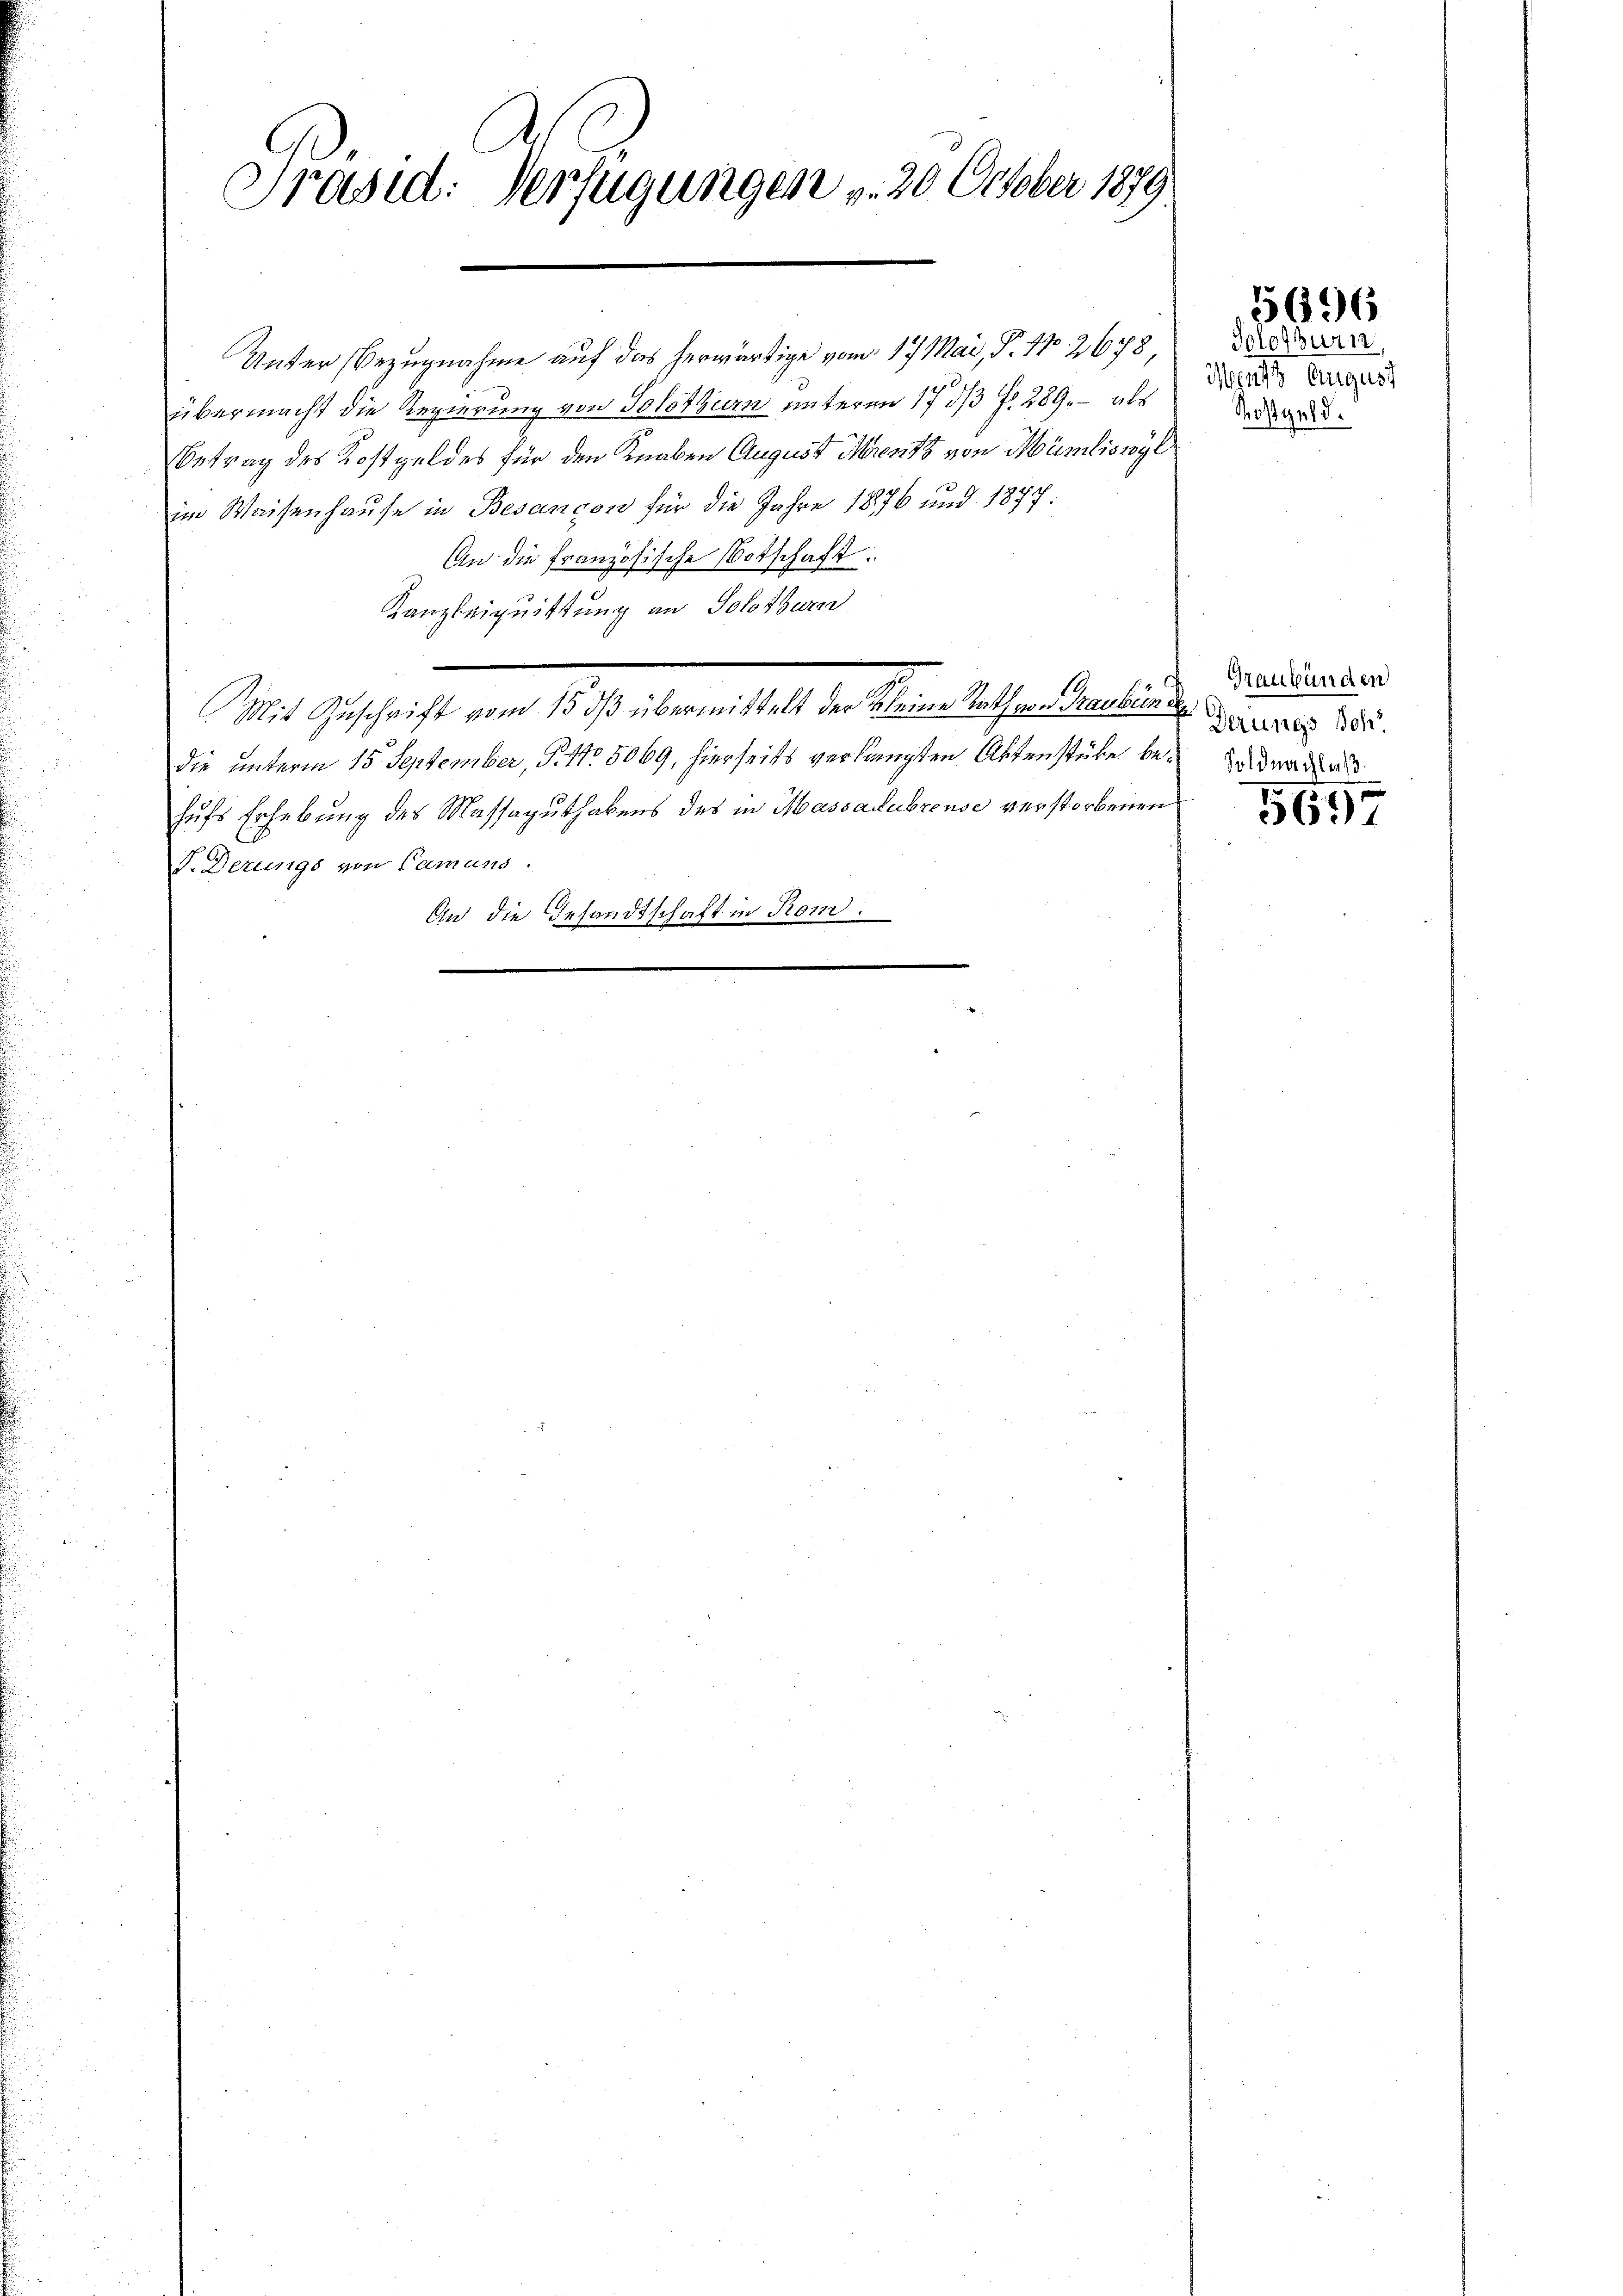
Präsid. Verfügungen v. 20 October 1879
x

Unter Bezugnahme auf das herwärtige vom 17. Mai, P. 17. 2678,
übermacht die Regierung von Solothurn unterm 17/3 Fr. 289, – als
Betrag des Kostgeldes für den Knaben August Mentz von Müriswyl
im Waisenhause in Besangen für die Jahre 1876 und 1877.
An die französische Botschaft.
Kanzleiquittung an Solothurn
Mit Geschaft ein d. h. bemeldet de Stern bestanderliche dieser
die unterm 15. September, P. 11. 5069, hierseits verlangten Aktenstüke bei der al
hufs Erhebung des Massaguthabens des in Massadubrense verstorbenen
F. Derungs von Camens.
An die Gesandtschaft in Rom.

e

Solothurn
Meents Augus
Rostgeld.

5696

Graubünden

5697